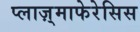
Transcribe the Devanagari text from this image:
प्लाज़्माफेरेसिस